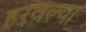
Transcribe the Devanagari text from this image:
हरवल्या